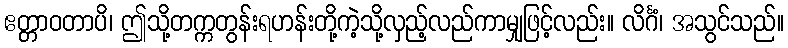
ဧတ္တာဝတာပိ၊ ဤသို့တက္ကတွန်းရဟန်းတို့ကဲ့သို့လှည့်လည်ကာမျှဖြင့်လည်း။ လိင်္ဂံ၊ အသွင်သည်။